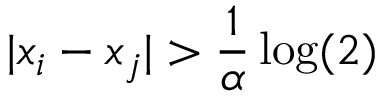
| x _ { i } - x _ { j } | > \frac { 1 } { \alpha } \log ( 2 )